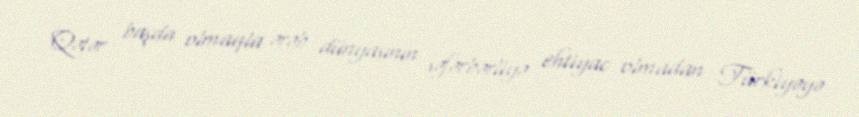
Qətər başda olmaqla ərəb dünyasının səfərbərliyə ehtiyac olmadan Türkiyəyə